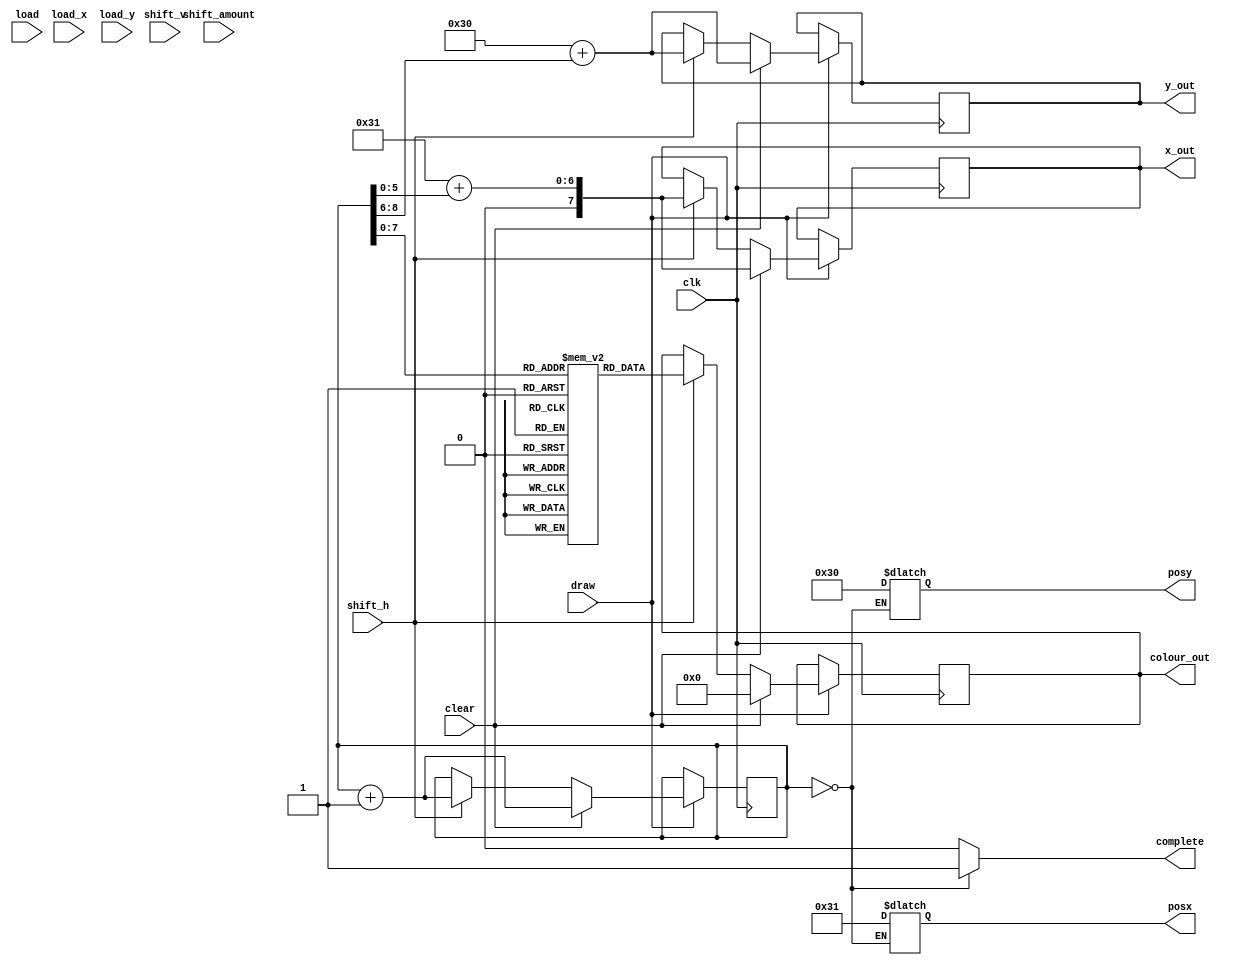
module pacmanspritecontrol(
	input clk,
	input draw,
    input clear,
    input shift_h,
    input shift_v,
    input load,
    input [6:0] shift_amount,
    input [7:0] load_x,
    input [6:0] load_y,
    output reg complete,
    output reg [7:0] x_out,
    output reg [6:0] y_out,
    output reg [11:0] colour_out,
    output reg [7:0] posx,
    output reg [6:0] posy
    );

    reg [7:0] x_pos;
    reg [6:0] y_pos;
    reg [11:0] sprite [0:255]; 
    reg [8:0] pointer;

    initial begin
        x_pos = 8'd49;
        y_pos = 7'd48;
        pointer = 1'b1;
        sprite[0] = 12'b000000001010;
        sprite[1] = 12'b000000000000;
        sprite[2] = 12'b000000000000;
        sprite[3] = 12'b000000000000;
        sprite[4] = 12'b000000000000;
        sprite[5] = 12'b000000000000;
        sprite[6] = 12'b000000000000;
        sprite[7] = 12'b111111110110;
        sprite[8] = 12'b100010001010;
        sprite[9] = 12'b111011100110;
        sprite[10] = 12'b000000001010;
        sprite[11] = 12'b000000001000;
        sprite[12] = 12'b000000000000;
        sprite[13] = 12'b000000000000;
        sprite[14] = 12'b000000000000;
        sprite[15] = 12'b000000000000;
        sprite[16] = 12'b000000000000;
        sprite[17] = 12'b000000000000;
        sprite[18] = 12'b000000000000;
        sprite[19] = 12'b000000000000;
        sprite[20] = 12'b000000000000;
        sprite[21] = 12'b000000000000;
        sprite[22] = 12'b000000000000;
        sprite[23] = 12'b111111110110;
        sprite[24] = 12'b100010001010;
        sprite[25] = 12'b111011100110;
        sprite[26] = 12'b000000001010;
        sprite[27] = 12'b000000001000;
        sprite[28] = 12'b000000000000;
        sprite[29] = 12'b000000000000;
        sprite[30] = 12'b000000000000;
        sprite[31] = 12'b000000000000;
        sprite[32] = 12'b000000000000;
        sprite[33] = 12'b000000000000;
        sprite[34] = 12'b000000000000;
        sprite[35] = 12'b000000000000;
        sprite[36] = 12'b000000000000;
        sprite[37] = 12'b001100110000;
        sprite[38] = 12'b111111111101;
        sprite[39] = 12'b111111110011;
        sprite[40] = 12'b111111110000;
        sprite[41] = 12'b111111110000;
        sprite[42] = 12'b111111110000;
        sprite[43] = 12'b000000010000;
        sprite[44] = 12'b000000000001;
        sprite[45] = 12'b000000000000;
        sprite[46] = 12'b000000000000;
        sprite[47] = 12'b000000000000;
        sprite[48] = 12'b000000000000;
        sprite[49] = 12'b000000000000;
        sprite[50] = 12'b000000000000;
        sprite[51] = 12'b000000000000;
        sprite[52] = 12'b000000000000;
        sprite[53] = 12'b001100110000;
        sprite[54] = 12'b111111111101;
        sprite[55] = 12'b111111110011;
        sprite[56] = 12'b111111110000;
        sprite[57] = 12'b111111110000;
        sprite[58] = 12'b111111110000;
        sprite[59] = 12'b000000010000;
        sprite[60] = 12'b000000000001;
        sprite[61] = 12'b000000000000;
        sprite[62] = 12'b000000000000;
        sprite[63] = 12'b000000000000;
        sprite[64] = 12'b000000000000;
        sprite[65] = 12'b000000000000;
        sprite[66] = 12'b000000000000;
        sprite[67] = 12'b000000000000;
        sprite[68] = 12'b000000000000;
        sprite[69] = 12'b111111111001;
        sprite[70] = 12'b011101100011;
        sprite[71] = 12'b111111110000;
        sprite[72] = 12'b111011110000;
        sprite[73] = 12'b111111111001;
        sprite[74] = 12'b000100010010;
        sprite[75] = 12'b000000001101;
        sprite[76] = 12'b000000000000;
        sprite[77] = 12'b000000000000;
        sprite[78] = 12'b000000000000;
        sprite[79] = 12'b000000000000;
        sprite[80] = 12'b000000000000;
        sprite[81] = 12'b000000000000;
        sprite[82] = 12'b000000000000;
        sprite[83] = 12'b000000000000;
        sprite[84] = 12'b000000000000;
        sprite[85] = 12'b111111111001;
        sprite[86] = 12'b011101100011;
        sprite[87] = 12'b111111110000;
        sprite[88] = 12'b111011110000;
        sprite[89] = 12'b111111111001;
        sprite[90] = 12'b000100010010;
        sprite[91] = 12'b000000001101;
        sprite[92] = 12'b000000000000;
        sprite[93] = 12'b000000000000;
        sprite[94] = 12'b000000000000;
        sprite[95] = 12'b000000000000;
        sprite[96] = 12'b000000000000;
        sprite[97] = 12'b000000000000;
        sprite[98] = 12'b000000000000;
        sprite[99] = 12'b000000000000;
        sprite[100] = 12'b000100100000;
        sprite[101] = 12'b111111111010;
        sprite[102] = 12'b000100000000;
        sprite[103] = 12'b010000110000;
        sprite[104] = 12'b100110010000;
        sprite[105] = 12'b110111010011;
        sprite[106] = 12'b000000001100;
        sprite[107] = 12'b000000000000;
        sprite[108] = 12'b000000000000;
        sprite[109] = 12'b000000000000;
        sprite[110] = 12'b000000000000;
        sprite[111] = 12'b000000000000;
        sprite[112] = 12'b000000000000;
        sprite[113] = 12'b000000000000;
        sprite[114] = 12'b000000000000;
        sprite[115] = 12'b000000000000;
        sprite[116] = 12'b000100100000;
        sprite[117] = 12'b111111111010;
        sprite[118] = 12'b000100000000;
        sprite[119] = 12'b010000110000;
        sprite[120] = 12'b100110010000;
        sprite[121] = 12'b110111010011;
        sprite[122] = 12'b000000001100;
        sprite[123] = 12'b000000000000;
        sprite[124] = 12'b000000000000;
        sprite[125] = 12'b000000000000;
        sprite[126] = 12'b000000000000;
        sprite[127] = 12'b000000000000;
        sprite[128] = 12'b000000000000;
        sprite[129] = 12'b000000000000;
        sprite[130] = 12'b000000000000;
        sprite[131] = 12'b000000000000;
        sprite[132] = 12'b011001100000;
        sprite[133] = 12'b111111111010;
        sprite[134] = 12'b000100000000;
        sprite[135] = 12'b011001010000;
        sprite[136] = 12'b101010100000;
        sprite[137] = 12'b000000000110;
        sprite[138] = 12'b000000000111;
        sprite[139] = 12'b000000000000;
        sprite[140] = 12'b000000000000;
        sprite[141] = 12'b000000000000;
        sprite[142] = 12'b000000000000;
        sprite[143] = 12'b000000000000;
        sprite[144] = 12'b000000000000;
        sprite[145] = 12'b000000000000;
        sprite[146] = 12'b000000000000;
        sprite[147] = 12'b000000000000;
        sprite[148] = 12'b011001100000;
        sprite[149] = 12'b111111111010;
        sprite[150] = 12'b000100000000;
        sprite[151] = 12'b011001010000;
        sprite[152] = 12'b101010100000;
        sprite[153] = 12'b000000000110;
        sprite[154] = 12'b000000000111;
        sprite[155] = 12'b000000000000;
        sprite[156] = 12'b000000000000;
        sprite[157] = 12'b000000000000;
        sprite[158] = 12'b000000000000;
        sprite[159] = 12'b000000000000;
        sprite[160] = 12'b000000000000;
        sprite[161] = 12'b000000000000;
        sprite[162] = 12'b000000000000;
        sprite[163] = 12'b000000000000;
        sprite[164] = 12'b011001100000;
        sprite[165] = 12'b111111111001;
        sprite[166] = 12'b010000100001;
        sprite[167] = 12'b000100000000;
        sprite[168] = 12'b110010110000;
        sprite[169] = 12'b010101010000;
        sprite[170] = 12'b000000000110;
        sprite[171] = 12'b000000001000;
        sprite[172] = 12'b000000000000;
        sprite[173] = 12'b000000000000;
        sprite[174] = 12'b000000000000;
        sprite[175] = 12'b000000000000;
        sprite[176] = 12'b000000000000;
        sprite[177] = 12'b000000000000;
        sprite[178] = 12'b000000000000;
        sprite[179] = 12'b000000000000;
        sprite[180] = 12'b011001100000;
        sprite[181] = 12'b111111111001;
        sprite[182] = 12'b010000100001;
        sprite[183] = 12'b000100000000;
        sprite[184] = 12'b110010110000;
        sprite[185] = 12'b010101010000;
        sprite[186] = 12'b000000000110;
        sprite[187] = 12'b000000001000;
        sprite[188] = 12'b000000000000;
        sprite[189] = 12'b000000000000;
        sprite[190] = 12'b000000000000;
        sprite[191] = 12'b000000000000;
        sprite[192] = 12'b000000000000;
        sprite[193] = 12'b000000000000;
        sprite[194] = 12'b000000000000;
        sprite[195] = 12'b000000000000;
        sprite[196] = 12'b000000000000;
        sprite[197] = 12'b010101010000;
        sprite[198] = 12'b111111111110;
        sprite[199] = 12'b111111100000;
        sprite[200] = 12'b101110100000;
        sprite[201] = 12'b111111110000;
        sprite[202] = 12'b101110100000;
        sprite[203] = 12'b000000000101;
        sprite[204] = 12'b000000001001;
        sprite[205] = 12'b000000000000;
        sprite[206] = 12'b000000000000;
        sprite[207] = 12'b000000000000;
        sprite[208] = 12'b000000000000;
        sprite[209] = 12'b000000000000;
        sprite[210] = 12'b000000000000;
        sprite[211] = 12'b000000000000;
        sprite[212] = 12'b000000000000;
        sprite[213] = 12'b010101010000;
        sprite[214] = 12'b111111111110;
        sprite[215] = 12'b111111100000;
        sprite[216] = 12'b101110100000;
        sprite[217] = 12'b111111110000;
        sprite[218] = 12'b101110100000;
        sprite[219] = 12'b000000000101;
        sprite[220] = 12'b000000001001;
        sprite[221] = 12'b000000000000;
        sprite[222] = 12'b000000000000;
        sprite[223] = 12'b000000000000;
        sprite[224] = 12'b000000000000;
        sprite[225] = 12'b000000000000;
        sprite[226] = 12'b000000000000;
        sprite[227] = 12'b000000000000;
        sprite[228] = 12'b000000000000;
        sprite[229] = 12'b000000000000;
        sprite[230] = 12'b110111000000;
        sprite[231] = 12'b011101111010;
        sprite[232] = 12'b001000111000;
        sprite[233] = 12'b001000101010;
        sprite[234] = 12'b011001101000;
        sprite[235] = 12'b000000001010;
        sprite[236] = 12'b000000000001;
        sprite[237] = 12'b000000000000;
        sprite[238] = 12'b000000000000;
        sprite[239] = 12'b000000000000;
        sprite[240] = 12'b000000000000;
        sprite[241] = 12'b000000000000;
        sprite[242] = 12'b000000000000;
        sprite[243] = 12'b000000000000;
        sprite[244] = 12'b000000000000;
        sprite[245] = 12'b000000000000;
        sprite[246] = 12'b110111000000;
        sprite[247] = 12'b011101111010;
        sprite[248] = 12'b001000111000;
        sprite[249] = 12'b001000101010;
        sprite[250] = 12'b011001101000;
        sprite[251] = 12'b000000001010;
        sprite[252] = 12'b000000000001;
        sprite[253] = 12'b000000000000;
        sprite[254] = 12'b000000000000;
        sprite[255] = 12'b000000000000;

    end

    always@(negedge clk) begin
		  if (draw) begin
			  if (clear) 
					begin
						 x_out = x_pos + pointer[5:0];
						 y_out = y_pos + pointer[8:6];
						 colour_out = 1'b0;
						 pointer = pointer + 1'b1;
					end
			  else if (shift_h)
					begin
						 x_out = x_pos + pointer[5:0];
						 y_out = y_pos + pointer[8:6];
						 colour_out = sprite[pointer];
						 pointer = pointer + 1'b1;
					end
          
		end
    end

    always @(*)begin
		if(pointer == 1'b0)
		begin
			complete = 1'b1;
			posy <= y_pos;
			posx <= x_pos;
		end
		else
			complete = 1'b0;
	end
endmodule